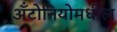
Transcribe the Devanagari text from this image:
अँटोनियोमधील